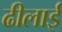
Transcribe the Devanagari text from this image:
ढीलाई